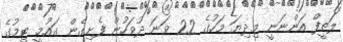
ލަތީފް އަންނަނީ މިދިޔަ މަހުގެ 22 ވަނަ ދުވަހުން ފެށިގެން ގައުމީ ޓީމުގެ